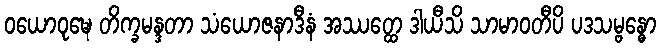
ဝယောဝုဍ္ဎေ တိက္ခမန္ဒတာ သံယောဇနာဒီနံ အဿတ္ထေ ဒါယီသိ သာမာဝတီပိ ပဒသမ္ဗန္ဓော